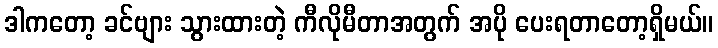
ဒါကတော့ ခင်ဗျား သွားထားတဲ့ ကီလိုမီတာအတွက် အပို ပေးရတာတော့ရှိမယ်။